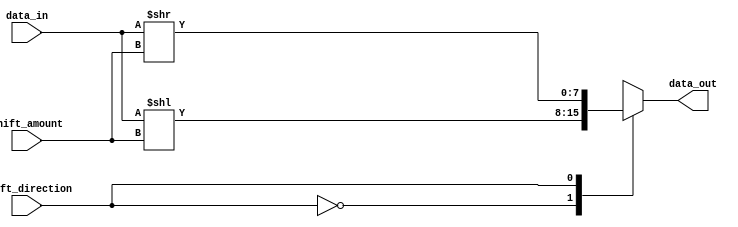
module barrel_shifter (
    input wire [7:0] data_in,
    input wire [2:0] shift_amount,
    input wire shift_direction, // 0 for left shift, 1 for right shift
    output reg [7:0] data_out
);

always @(*) begin
    case (shift_direction)
        0: data_out = data_in << shift_amount;
        1: data_out = data_in >> shift_amount;
        default: data_out = data_in; // No shift
    endcase
end

endmodule